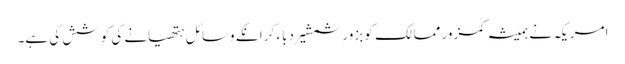
امریکہ نے ہمیشہ کمزور ممالک کو بزور شمشیر دباء کر انکے وسائل ہتھیانے کی کوشش کی ہے۔